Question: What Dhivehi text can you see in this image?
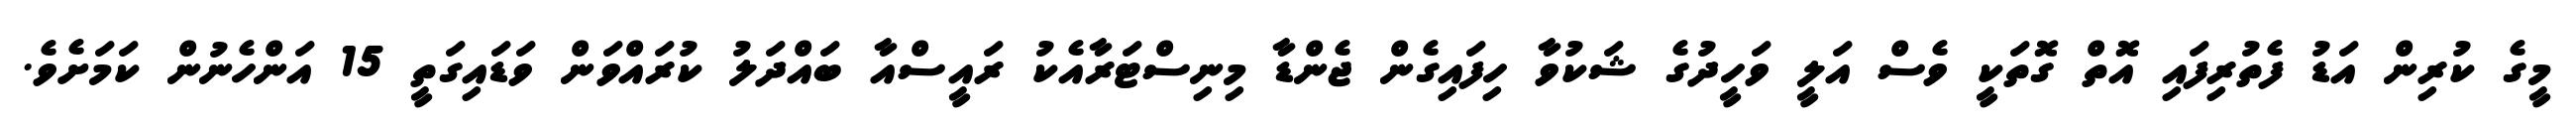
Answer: މީގެ ކުރިން އަޑު ފެތުރިފައި އޮތް ގޮތަކީ ވެސް އަލީ ވަހީދުގެ ޝަކުވާ ހިފައިގެން ޖެންޑާ މިނިސްޓަރާއެކު ރައީސްއާ ބައްދަލު ކުރައްވަން ވަޑައިގަތީ 15 އަންހެނުން ކަމަށެވެ.